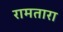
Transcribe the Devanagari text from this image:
रामतारा